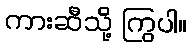
ကားဆီသို့ ကြွပါ။